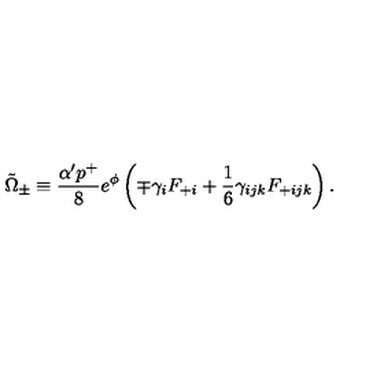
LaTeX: \tilde { \Omega } _ { \pm } \equiv { \frac { \alpha ^ { \prime } p ^ { + } } { 8 } } e ^ { \phi } \left( \mp \gamma _ { i } F _ { + i } + { \frac { 1 } { 6 } } \gamma _ { i j k } F _ { + i j k } \right) .